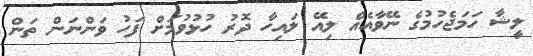
ލީޝާ ހަމަޖެހުމުގެ ނޭވާއެއް ލިއޭ ލައިހާ ދޮރު ހުޅުވުމަށް ފަހު ވަންނަން ތަން